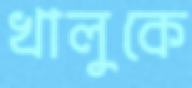
খালুকে